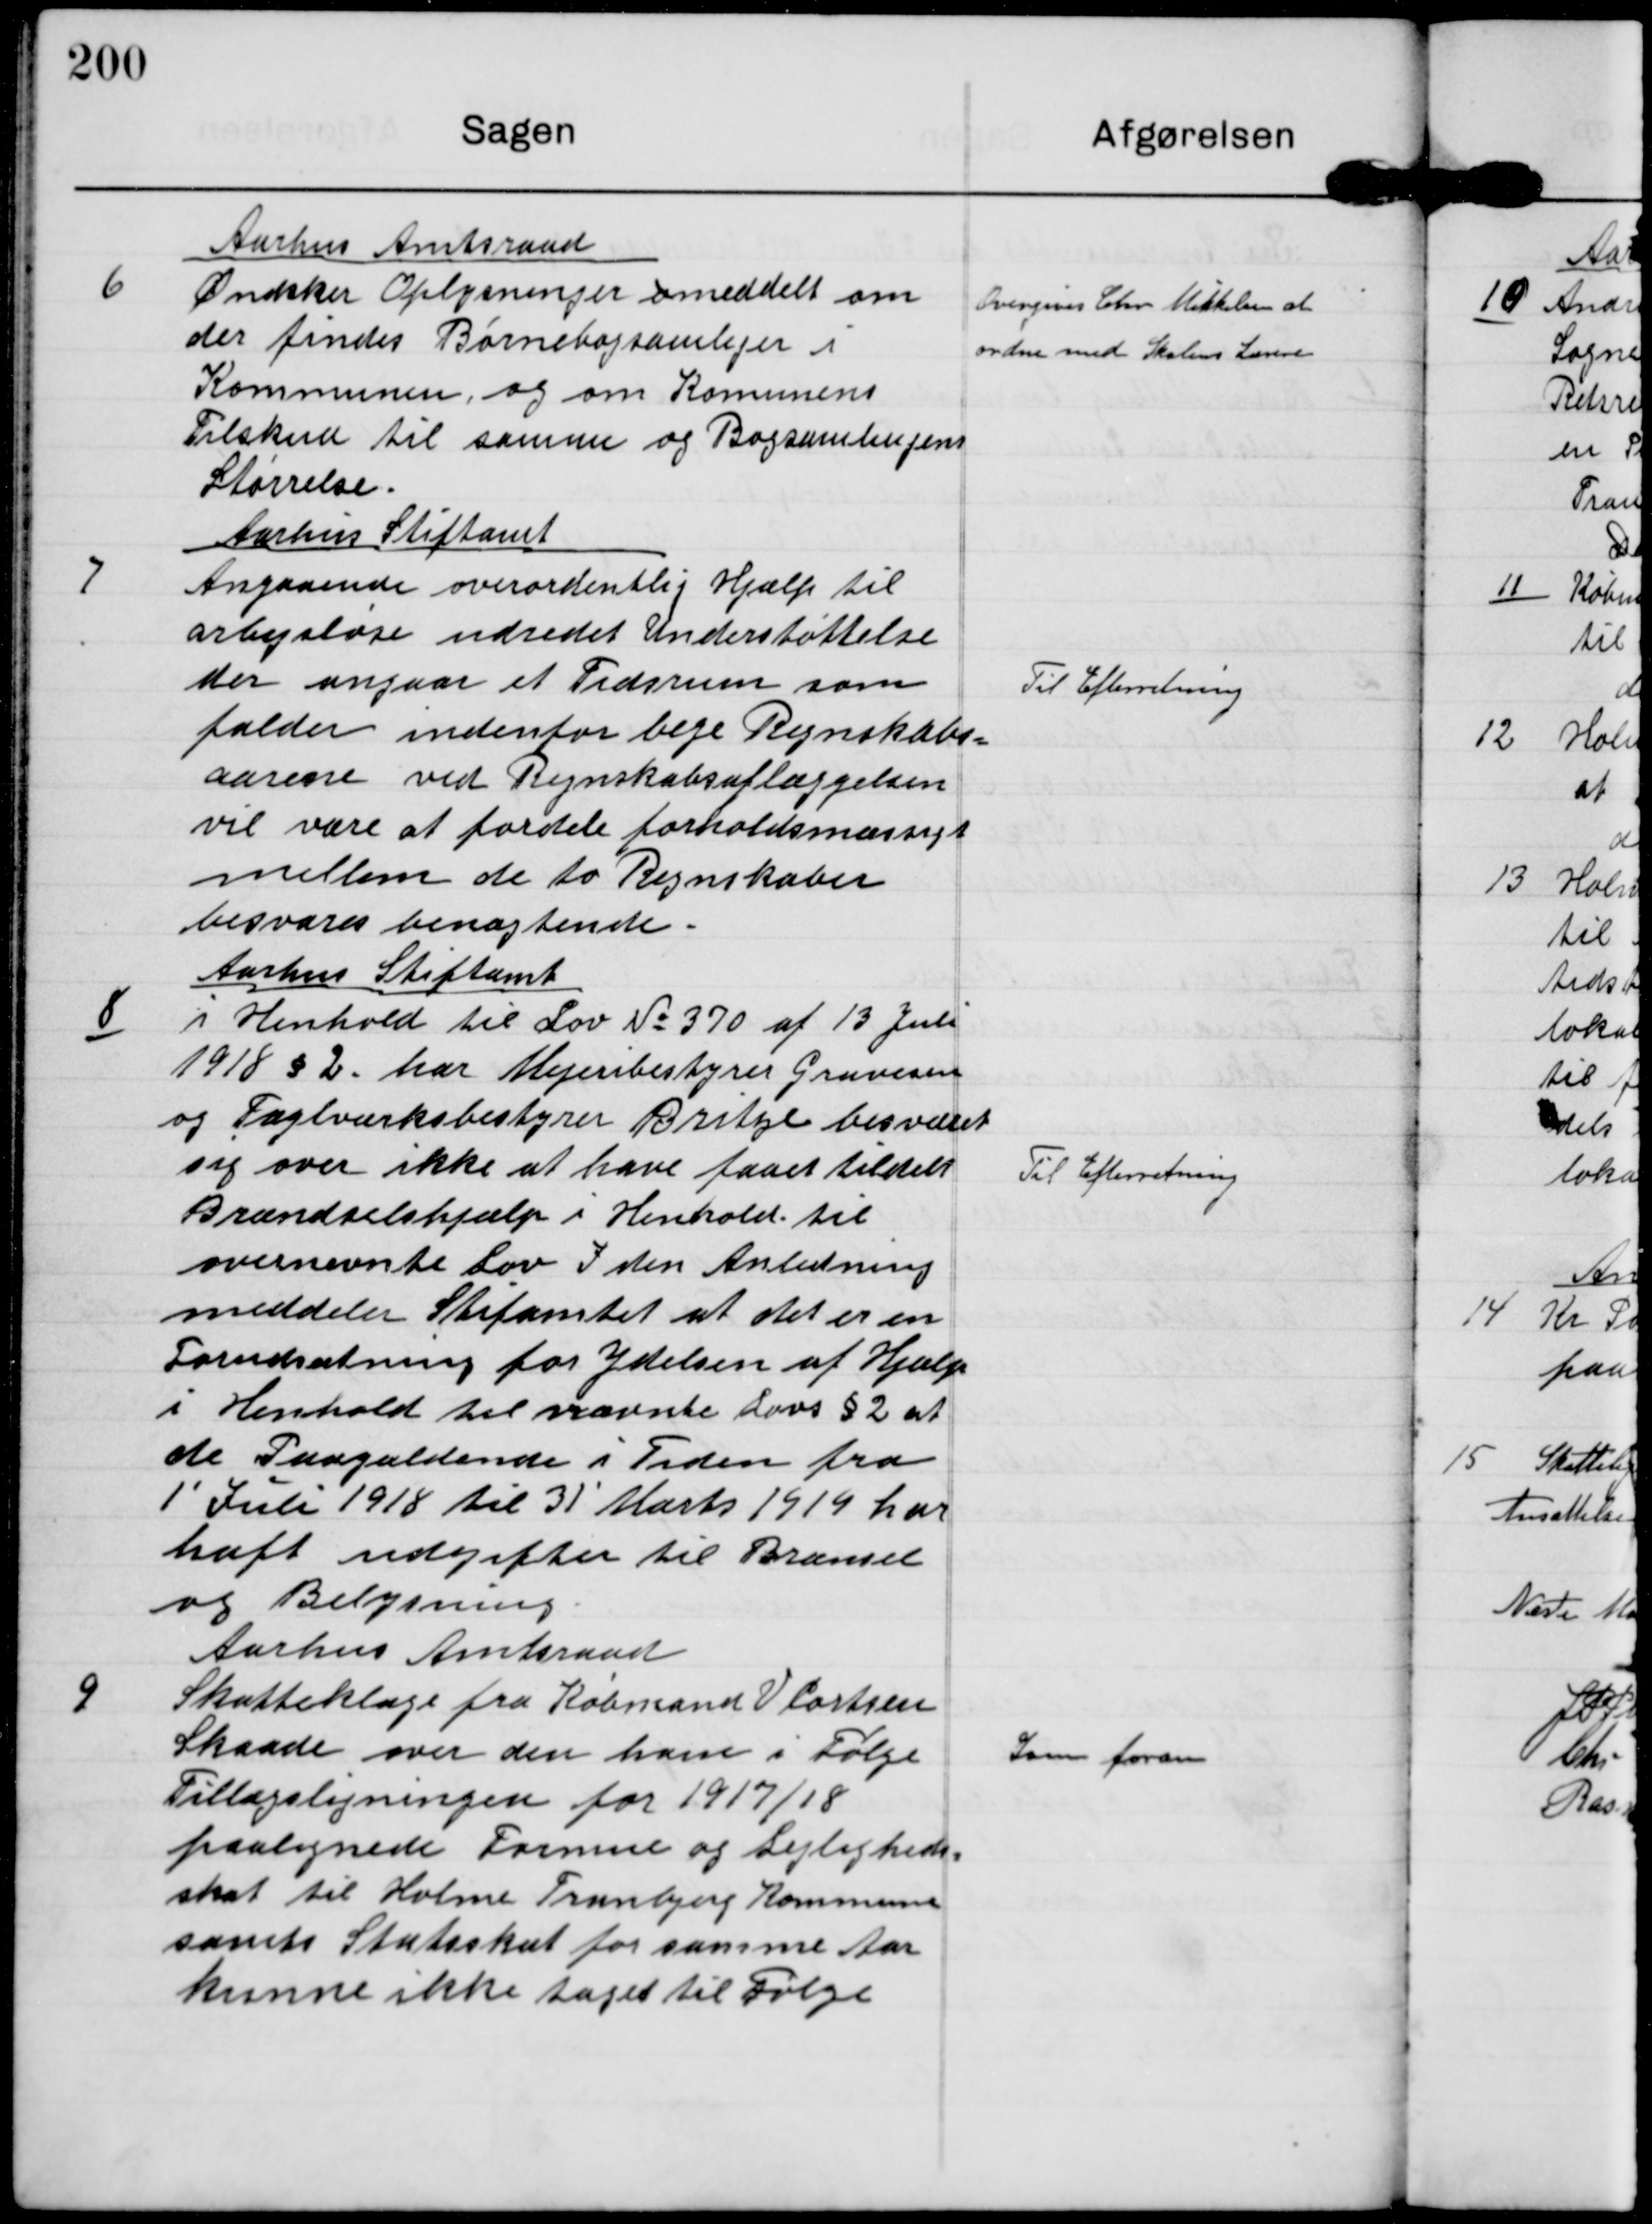
Transskription:
6

Aarhus Amtsraad
Øndsker Oplysninger o meddelt om
der findes Børnebogsamliger i
Kommunen og om Komunens
Tilskud til samme og Bogsamlingens
Størrelse.

Overgives Chr Mikkelsen at
ordne med Skolens Lærere.

7

Aarhus Stiftamt
Angaaende overordentlig Hjælp til
arbejsløse udredet Understøttelse
der angaar et Tidsrum som
falder indenfor bege Regnskabs-
aarene ved Regnskabsaflæggelsen
vil være at fordele foroldsmæssigt
mellem de to Regnskaber
besvares benægtende.

Til Efterretning

8

Aarhus Stiftamt
i Henhold til Lov No 370 af 13 Juli
1918 § 2 har Mejeribestyrer Gravesen
og Teglværksbestyrer Britze besværet
sig over ikke at have faaet tildelt
Brændselshjælp i Henhold til
overnævnte Lov. I den Anledning
meddeler Stiftamtet at det er en
Forudsætning for Ydelsen af Hjælp
i Henhold til nævnte Lovs § 2 at
de Paagældende i Tiden fra
1´Juli 1918 til 31´Marts 1919 har
haft udgifter til Brænsel
og Belysning

Til Efterretning

9

Aarhus Amtsraad
Skatteklage fra Købmand V Cortsen
Skaade over den ham i Følge
Tillægsligningen for 1917/18
paalignede Formue og Lejligheds-
skat til Holme Tranbjerg Kommune
samts Statsskat  for samme Aar
kunne ikke tages til Følge

Som foran